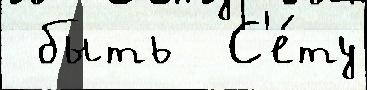
 быть  С'е́ту